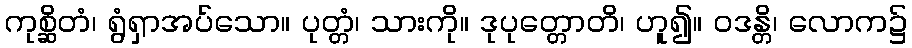
ကုစ္ဆိတံ၊ ရွံရှာအပ်သော။ ပုတ္တံ၊ သားကို။ ဒုပုတ္တောတိ၊ ဟူ၍။ ဝဒန္တိ၊ လောက၌